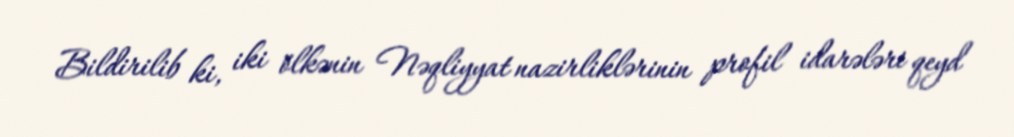
Bildirilib ki, iki ölkənin Nəqliyyat nazirliklərinin profil idarələri qeyd